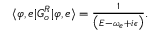
\begin{array} { r } { \langle \varphi , e | G _ { o } ^ { R } | \varphi , e \rangle = \frac { 1 } { \big ( E - \omega _ { e } + i \epsilon \big ) } . } \end{array}